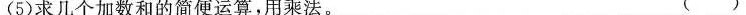
(5)求几个加数和的简便运算，用乘法。 ( )